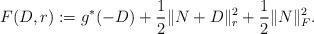
LaTeX: \begin{align*}F(D,r) &:= g^\ast(-D) + \frac{1}{2}\|N+D\|_r^2 + \frac{1}{2} \|N\|_F^2.\end{align*}